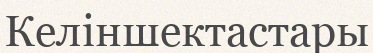
Келіншектастары